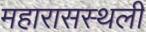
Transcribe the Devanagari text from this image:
महारासस्थली